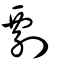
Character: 剽